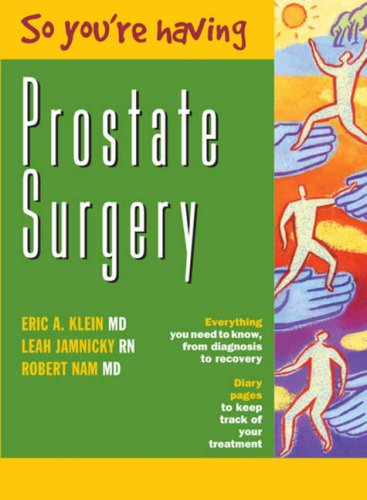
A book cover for So You're Having Prostate Surgery; Eric A. Klein; Health, Fitness & Dieting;